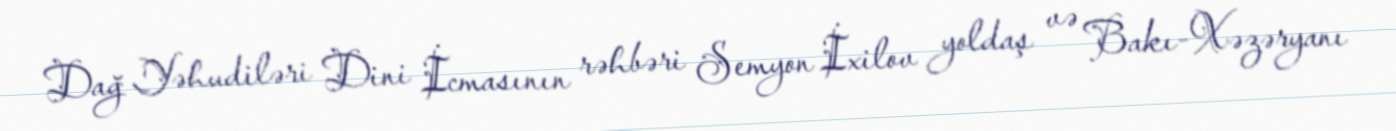
Dağ Yəhudiləri Dini İcmasının rəhbəri Semyon İxilov yoldaş və Bakı-Xəzəryanı